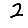
Digit: 2